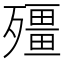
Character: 殭